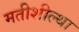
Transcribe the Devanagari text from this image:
मतीशील्था